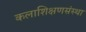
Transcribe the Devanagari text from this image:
कलाशिक्षणसंस्था